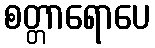
စတ္တာရောပေ